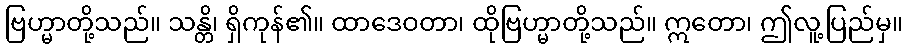
ဗြဟ္မာတို့သည်။ သန္တိ၊ ရှိကုန်၏။ ထာဒေဝတာ၊ ထိုဗြဟ္မာတို့သည်။ ဣတော၊ ဤလူ့ပြည်မှ။